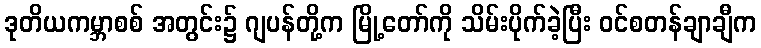
ဒုတိယကမ္ဘာစစ် အတွင်း၌ ဂျပန်တို့က မြို့တော်ကို သိမ်းပိုက်ခဲ့ပြီး ဝင်စတန်ချာချီက